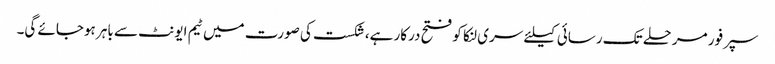
سپرفور مرحلے تک رسائی کیلئے سری لنکا کو فتح درکار ہے،شکست کی صورت میں ٹیم ایونٹ سے باہر ہوجائے گی۔